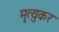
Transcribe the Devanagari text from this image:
मृत्युकर